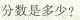
分数是多少?